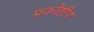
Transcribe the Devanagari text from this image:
प्रकोष्टीय